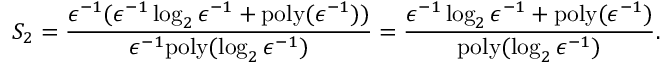
S _ { 2 } = \frac { \epsilon ^ { - 1 } ( \epsilon ^ { - 1 } \log _ { 2 } \epsilon ^ { - 1 } + \mathrm { p o l y } ( \epsilon ^ { - 1 } ) ) } { \epsilon ^ { - 1 } \mathrm { p o l y } ( \log _ { 2 } \epsilon ^ { - 1 } ) } = \frac { \epsilon ^ { - 1 } \log _ { 2 } \epsilon ^ { - 1 } + \mathrm { p o l y } ( \epsilon ^ { - 1 } ) } { \mathrm { p o l y } ( \log _ { 2 } \epsilon ^ { - 1 } ) } .